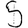
Digit: 5